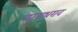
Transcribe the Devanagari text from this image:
रघूनाथराव